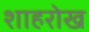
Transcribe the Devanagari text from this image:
शाहरोख